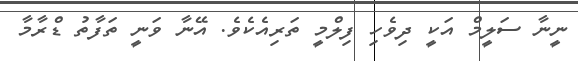
ނީނާ ސަލީމް އަކީ ދިވެހި ފިލްމީ ތަރިއެކެވެ. އޭނާ ވަނީ ތަފާތު ޑްރާމާ